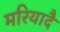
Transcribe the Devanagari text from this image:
मरियादै